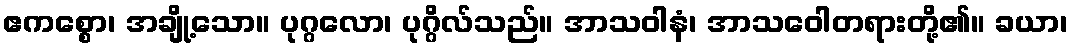
ဧကစ္စော၊ အချို့သော။ ပုဂ္ဂလော၊ ပုဂ္ဂိလ်သည်။ အာသဝါနံ၊ အာသဝေါတရားတို့၏။ ခယာ၊